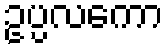
ဥပ္ပလကော